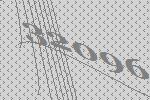
32096